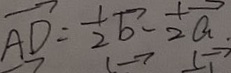
\overrightarrow { A D } = \frac { 1 } { 2 } \overrightarrow { b } - \frac { 1 } { 2 } \overrightarrow { a }